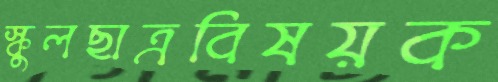
স্কুলছাত্রবিষয়ক